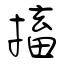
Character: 搐